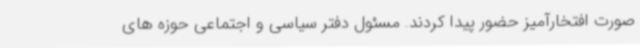
صورت افتخارآمیز حضور پیدا کردند. مسئول دفتر سیاسی و اجتماعی حوزه های